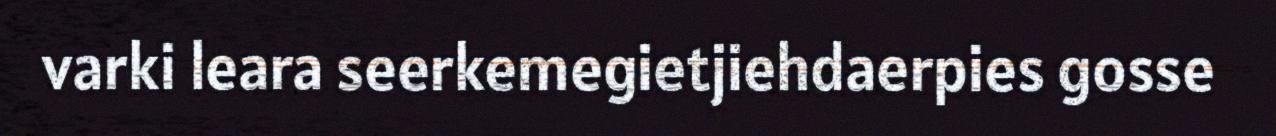
varki leara seerkemegietjiehdaerpies gosse